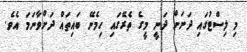
މި ލިސްޓުގައި ދަށަށް ދަނީ މީގެ ތެރޭގައި ހިމެނޭ ބައިތައް ދަށްވާނަމަ އެވެ.